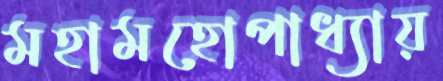
মহামহোপাধ্যায়